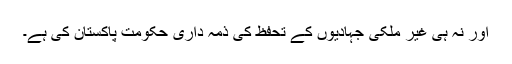
اور نہ ہی غیر ملکی جہادیوں کے تحفظ کی ذمہ داری حکومت پاکستان کی ہے۔